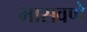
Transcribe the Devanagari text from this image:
भासवणे